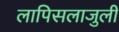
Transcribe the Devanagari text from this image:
लापिसलाजुली